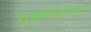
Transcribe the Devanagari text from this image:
बार्बारोसादरम्यान